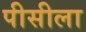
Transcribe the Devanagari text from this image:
पीसीला